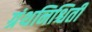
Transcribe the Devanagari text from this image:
ग्रंथनिश्चिती